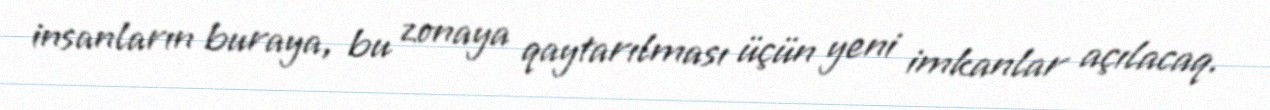
insanların buraya, bu zonaya qaytarılması üçün yeni imkanlar açılacaq.